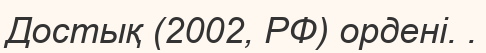
Достық (2002, РФ) ордені. .